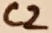
Text: C2